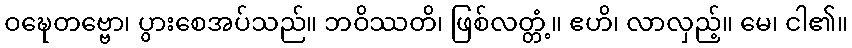
ဝဍ္ဎေတဗ္ဗော၊ ပွားစေအပ်သည်။ ဘဝိဿတိ၊ ဖြစ်လတ္တံ့။ ဧဟိ၊ လာလှည့်။ မေ၊ ငါ၏။